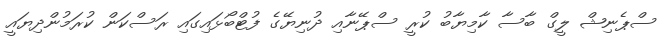
ސްޕެނިޝް ލީގް ބާސާ ކާމިޔާބު ކުރީ ސްޕޭނާއި ދުނިޔޭގެ ފުޓްބޯޅައިގައި ރަސްކަން ކުރަމުންދިޔައީ